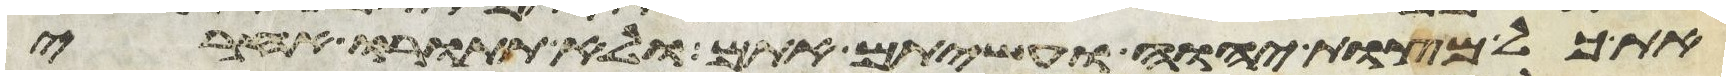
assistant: את כל מצות יהוה ועשיתם אתם ולא תתורו אחרי